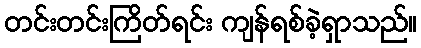
တင်းတင်းကြိတ်ရင်း ကျန်ရစ်ခဲ့ရှာသည်။